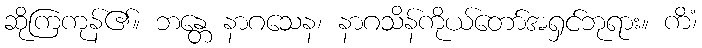
ဆိုကြကုန်၏။ ဘန္တေ နာဂသေန၊ နာဂသိန်ကိုယ်တော်အရှင်ဘုရား။ ကိံ၊